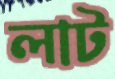
লাট